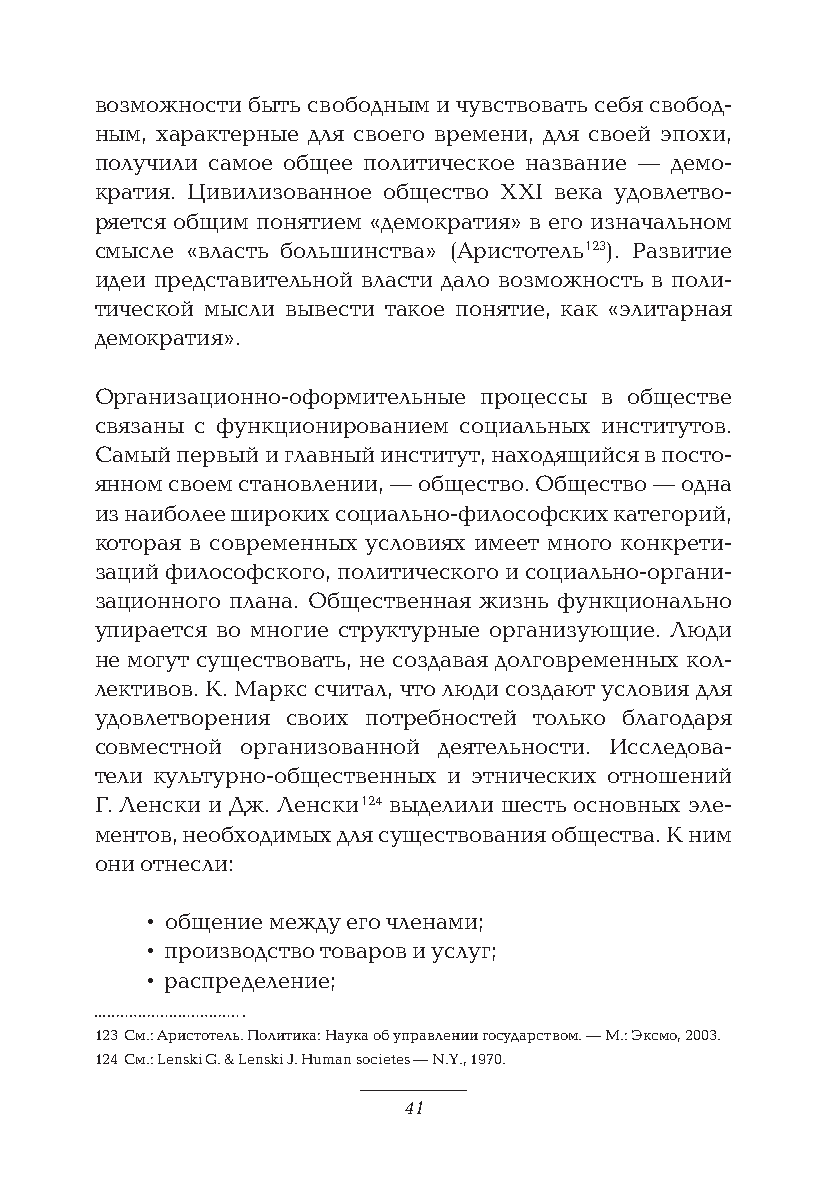
возможности быть свободным и чувствовать себя свобод-
 ным, характерные для своего времени, для своей эпохи,
 получили самое общее политическое название — демо-
 кратия. Цивилизованное общество XXI века удовлетво-
 ряется общим понятием «демократия» в его изначальном
 смысле «власть большинства» (Аристотель 123). Развитие
 идеи представительной власти дало возможность в поли-
 тической мысли вывести такое понятие, как «элитарная
 демократия».
 Организационно-оформительные процессы в обществе
 связаны с функционированием социальных институтов.
 Самый первый и главный институт, находящийся в посто-
 янном своем становлении, — общество. Общество — одна
 из наиболее широких социально-философских категорий,
 которая в современных условиях имеет много конкрети-
 заций философского, политического и социально-органи-
 зационного плана. Общественная жизнь функционально
 упирается во многие структурные организующие. Люди
 не могут существовать, не создавая долговременных кол-
 лективов. К. Маркс считал, что люди создают условия для
 удовлетворения своих потребностей только благодаря
 совместной организованной деятельности. Исследова-
 тели культурно-общественных и этнических отношений
 Г. Ленски и Дж. Ленски 124 выделили шесть основных эле-
 ментов, необходимых для существования общества. К ним
 они отнесли:
 • общение между его членами;
 • производство товаров и услуг;
 • распределение;
 123 См.: Аристотель. Политика: Наука об управлении государством. — М.: Эксмо, 2003.
 124 См.: Lenski G. & Lenski J. Human societes — N.Y., 1970.
 41